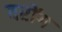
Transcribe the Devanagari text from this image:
वरोंग